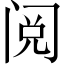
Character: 阅